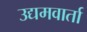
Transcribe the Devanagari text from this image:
उद्यमवार्ता